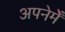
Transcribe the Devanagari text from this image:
अपनेमेँ